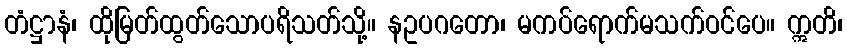
တံဋ္ဌာနံ၊ ထိုမြတ်ထွတ်သောပရိသတ်သို့။ နဥပဂတော၊ မကပ်ရောက်မသက်ဝင်ပေ။ ဣတိ၊